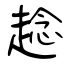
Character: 趝